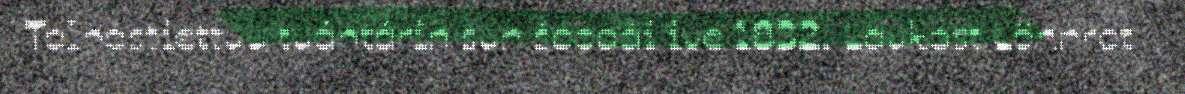
Talhâstiettuu tuáhtárin sun šoodâi ive 1832. Laukost Lönnrot